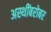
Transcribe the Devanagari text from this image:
अस्थींबरोबर